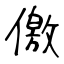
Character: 儌